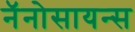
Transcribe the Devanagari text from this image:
नॅनोसायन्स